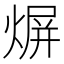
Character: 𤋊